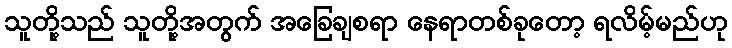
သူတို့သည် သူတို့အတွက် အခြေချစရာ နေရာတစ်ခုတော့ ရလိမ့်မည်ဟု